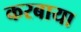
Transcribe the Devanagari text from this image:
करबाया